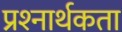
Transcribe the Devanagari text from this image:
प्रश्‍नार्थकता